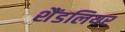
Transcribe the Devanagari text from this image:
शैंडलियर